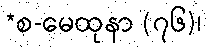
*စ-မေထုနာ (၇၆)၊